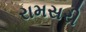
રામસરી